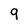
Character: 9